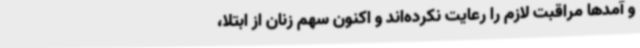
و آمدها مراقبت لازم را رعایت نکرده‌اند و اکنون سهم زنان از ابتلا،